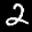
Label: 2